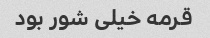
قرمه خیلی شور بود